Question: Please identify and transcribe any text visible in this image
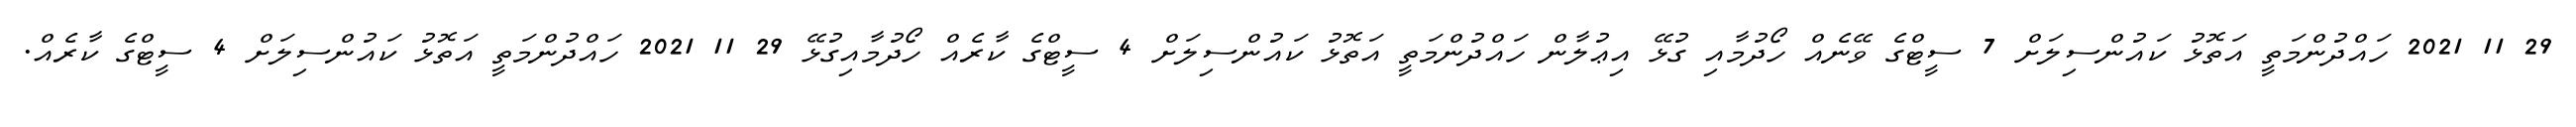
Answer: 29 11 2021 ހައްދުންމަތީ އަތޮޅު ކައުންސިލަށް 7 ސީޓްގެ ވޭނެއް ހޯދުމާއި ގުޅޭ އިޢުލާން ހައްދުންމަތީ އަތޮޅު ކައުންސިލަށް 4 ސީޓްގެ ކާރެއް ހޯދުމާއިގުޅޭ 29 11 2021 ހައްދުންމަތީ އަތޮޅު ކައުންސިލަށް 4 ސީޓްގެ ކާރެއް.